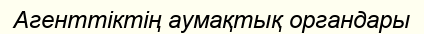
Агенттіктің аумақтық органдары